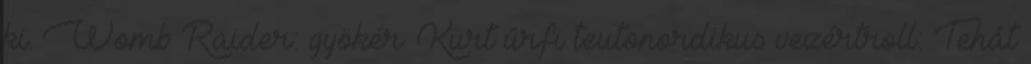
ki. Womb Raider: gyökér. Kurt úrfi teutonordikus vezértroll: Tehát